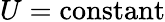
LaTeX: U={\mathrm{constant}}